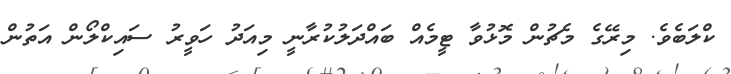
ކްލަބެވެ. މިރޭގެ މެޗުން މޮޅުވާ ޓީމެއް ބައްދަލުކުރާނީ މިއަދު ހަވީރު ސައިކްލޯން އަތުން